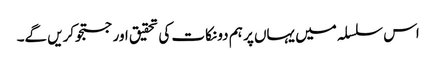
اس سلسلہ میں یہاں پر ہم دو نکات کی تحقیق اور جستجوکریں گے۔